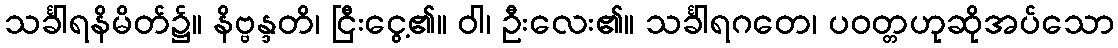
သင်္ခါရနိမိတ်၌။ နိဗ္ဗန္ဒတိ၊ ငြီးငွေ့၏။ ဝါ၊ ဦးလေး၏။ သင်္ခါရဂတေ၊ ပဝတ္တဟုဆိုအပ်သော